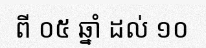
ពី ០៥ ឆ្នាំ ដល់ ១០